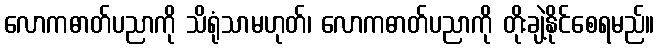
လောကဓာတ်ပညာကို သိရုံသာမဟုတ်၊ လောကဓာတ်ပညာကို တိုးချဲ့နိုင်စေရမည်။